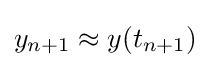
y_{n+1}\approx y(t_{n+1})